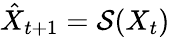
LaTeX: \hat{X}_{t+1}=\mathcal{S}(X_{t})